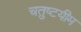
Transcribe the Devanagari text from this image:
चतुष्टयीम